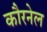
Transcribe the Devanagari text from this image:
कौरनेल